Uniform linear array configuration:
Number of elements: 16
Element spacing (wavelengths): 0.75
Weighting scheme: kaiser
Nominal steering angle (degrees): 15
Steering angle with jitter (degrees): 13.202
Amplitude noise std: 0.05
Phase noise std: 0.05

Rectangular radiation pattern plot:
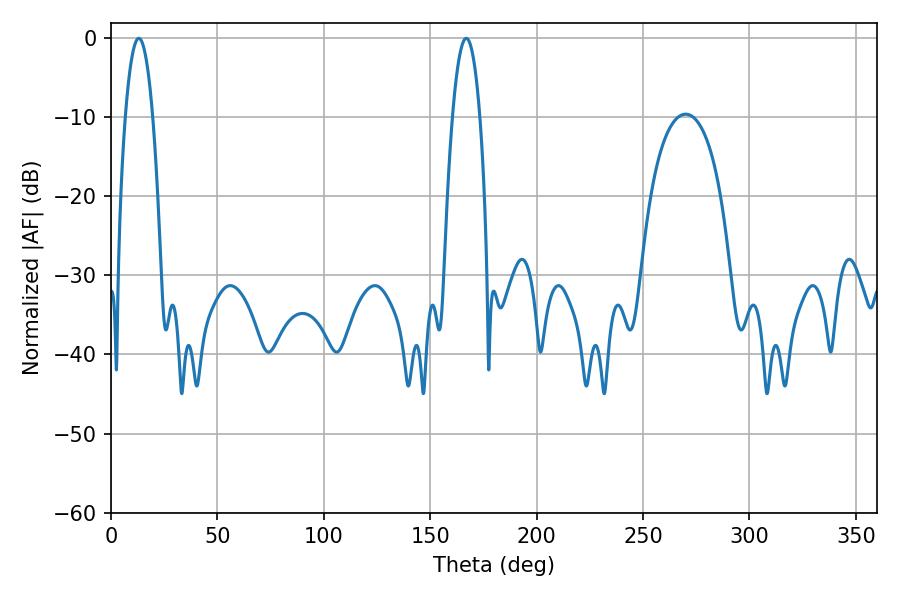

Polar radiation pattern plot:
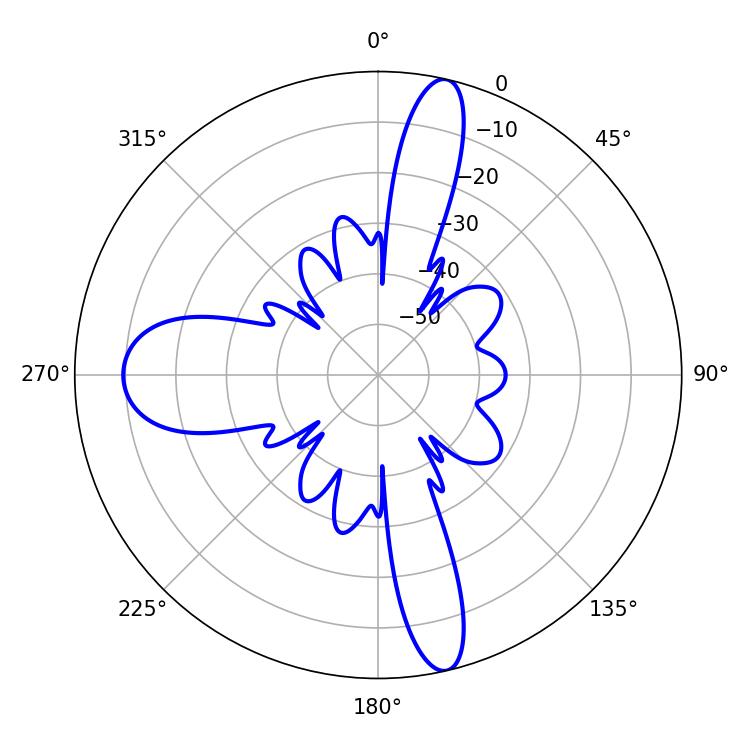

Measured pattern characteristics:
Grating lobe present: TRUE
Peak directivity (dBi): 19.341
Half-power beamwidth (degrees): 7.02
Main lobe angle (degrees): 13.14